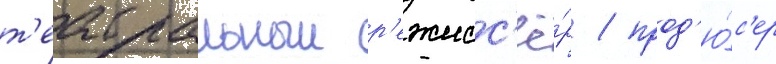
т'еатральныи р'ежисс'ё́р / прод'ю́с'ер